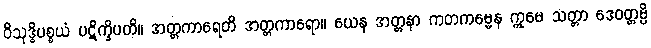
ဝိသုဒ္ဓိပစ္စယံ ပဋိက္ခိပတိ။ အတ္တကာရေတိ အတ္တကာရော။ ယေန အတ္တနာ ကတကမ္မေန ဣမေ သတ္တာ ဒေဝတ္တမ္ပိ